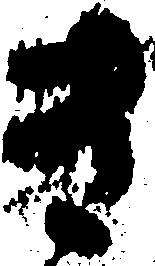
き